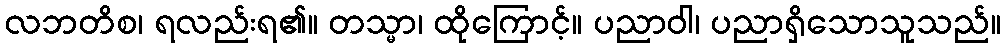
လဘတိစ၊ ရလည်းရ၏။ တသ္မာ၊ ထိုကြောင့်။ ပညာဝါ၊ ပညာရှိသောသူသည်။